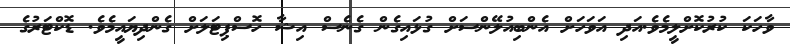
ވާހަކަ ކުރުކޮށްލީމެވެ.އަދި އަވަހަށް އެންބިއުލޭންސަށް ގުޅައިގެން ގެނެސް އިޝާ ހޮސްޕިޓަލަށް ގެންދިޔައީމެވެ. ޑޮކްޓަރުގެ